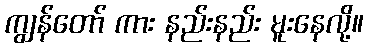
ကျွန်တော် ကား နည်းနည်း မူးနေလို့။